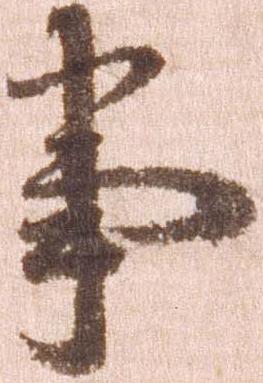
事